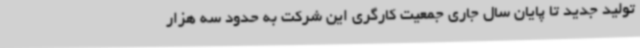
تولید جدید تا پایان سال جاری جمعیت کارگری این شرکت به حدود سه هزار